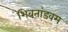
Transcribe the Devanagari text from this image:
शिवतांडवम